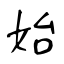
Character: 始